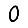
Digit: 0